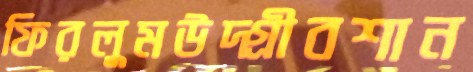
ফিরলুমউদ্‌গ্রীবশান